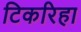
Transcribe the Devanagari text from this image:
टिकरिहा